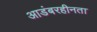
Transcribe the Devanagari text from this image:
आडंबरहीनता